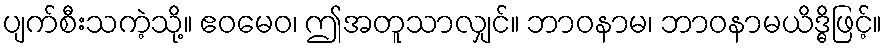
ပျက်စီးသကဲ့သို့။ ဧဝမေဝ၊ ဤအတူသာလျှင်။ ဘာဝနာမ၊ ဘာဝနာမယိဒ္ဓိဖြင့်။